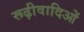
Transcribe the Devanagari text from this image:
रूढ़ीवादिओं